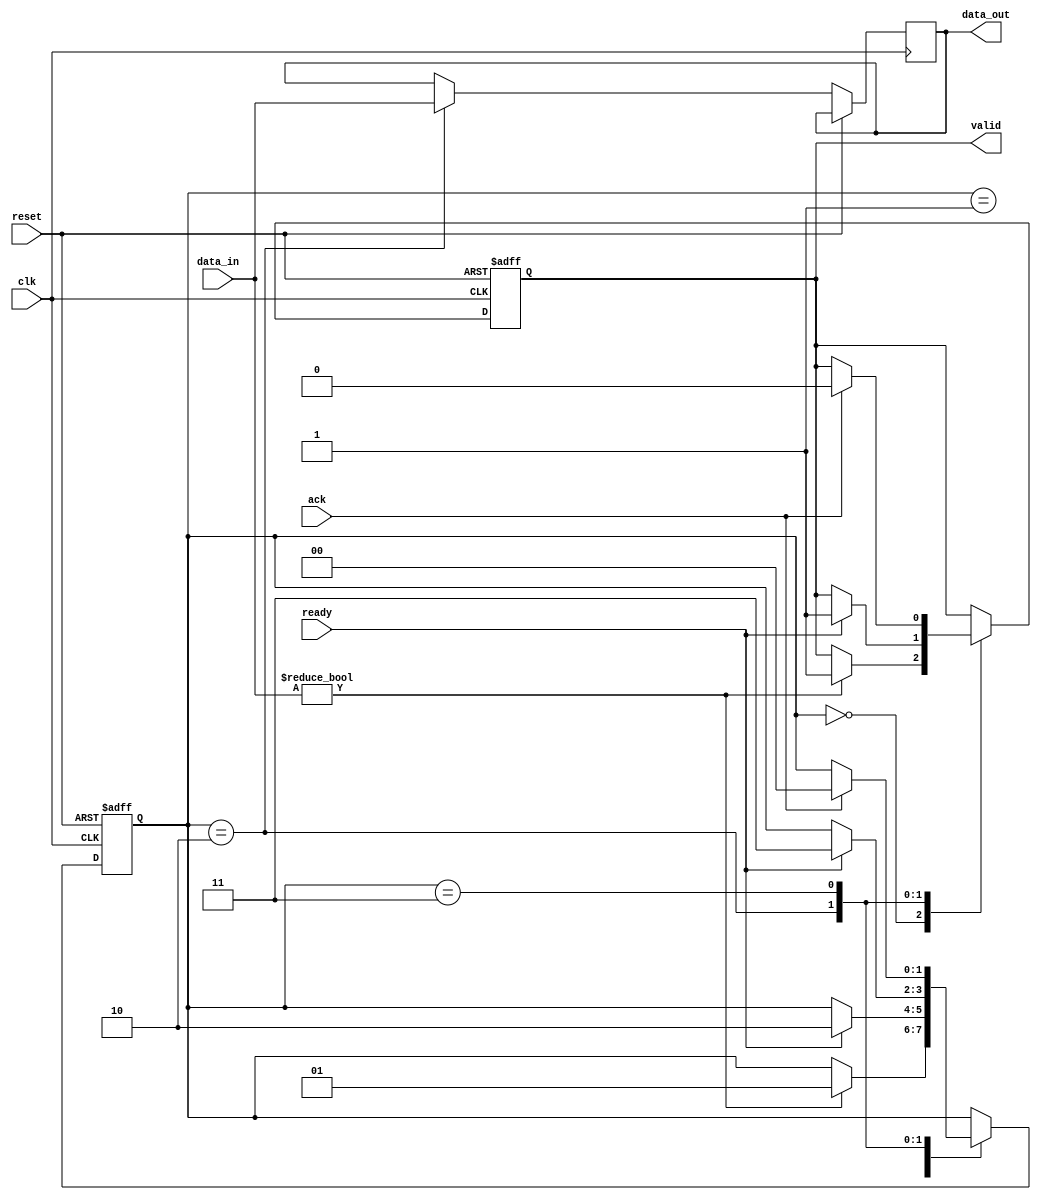
module three_phase_handshake (
    input wire clk,
    input wire reset,
    input wire [7:0] data_in,   // Data input from the sender
    output reg [7:0] data_out,   // Data output to the receiver
    output reg valid,             // Valid signal from the sender
    input wire ready,             // Ready signal from the receiver
    input wire ack                // Acknowledgment signal from the receiver
);

// Sender process
reg [1:0] sender_state;
localparam S_IDLE = 2'b00,
           S_READY = 2'b01,
           S_TRANSFER = 2'b10,
           S_ACK = 2'b11;

always @(posedge clk or posedge reset) begin
    if (reset) begin
        sender_state <= S_IDLE;
        valid <= 1'b0;
    end else begin
        case (sender_state)
            S_IDLE: begin
                if (data_in != 8'b0) begin // Assuming non-zero data is valid
                    valid <= 1'b1;
                    sender_state <= S_READY;
                end
            end

            S_READY: begin
                if (ready) begin
                    sender_state <= S_TRANSFER;
                end
            end

            S_TRANSFER: begin
                data_out <= data_in; // Transfer data
                if (ready) begin
                    // Keep valid high until acknowledged
                    valid <= 1'b1;
                    sender_state <= S_ACK;
                end
            end

            S_ACK: begin
                if (ack) begin
                    valid <= 1'b0; // Clear valid signal
                    sender_state <= S_IDLE;
                end
            end
        endcase
    end
end

// Receiver process
reg [1:0] receiver_state;
localparam R_IDLE = 2'b00,
           R_READY = 2'b01,
           R_RECEIVE = 2'b10;

always @(posedge clk or posedge reset) begin
    if (reset) begin
        receiver_state <= R_IDLE;
    end else begin
        case (receiver_state)
            R_IDLE: begin
                if (valid) begin
                    receiver_state <= R_READY;
                end
            end

            R_READY: begin
                if (valid) begin // If valid is high, the receiver is ready to accept data
                    receiver_state <= R_RECEIVE;
                end
            end

            R_RECEIVE: begin
                if (valid) begin
                    // Capture the data since valid is asserted
                    // Wait for the acknowledgment
                    // Acknowledge receipt of data
                    receiver_state <= R_IDLE; // Move back to idle after receiving
                end
            end
        endcase
    end
end

endmodule